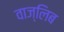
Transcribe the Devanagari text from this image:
वाज्लिब